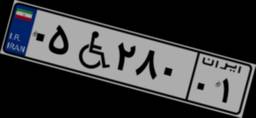
۷۴W۲۰۰۶۱